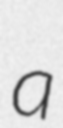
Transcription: a